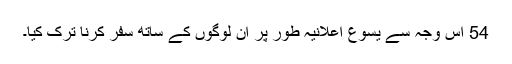
54 اس وجہ سے یسوع اعلانیہ طور پر ان لوگوں کے ساتھ سفر کرنا ترک کیا۔